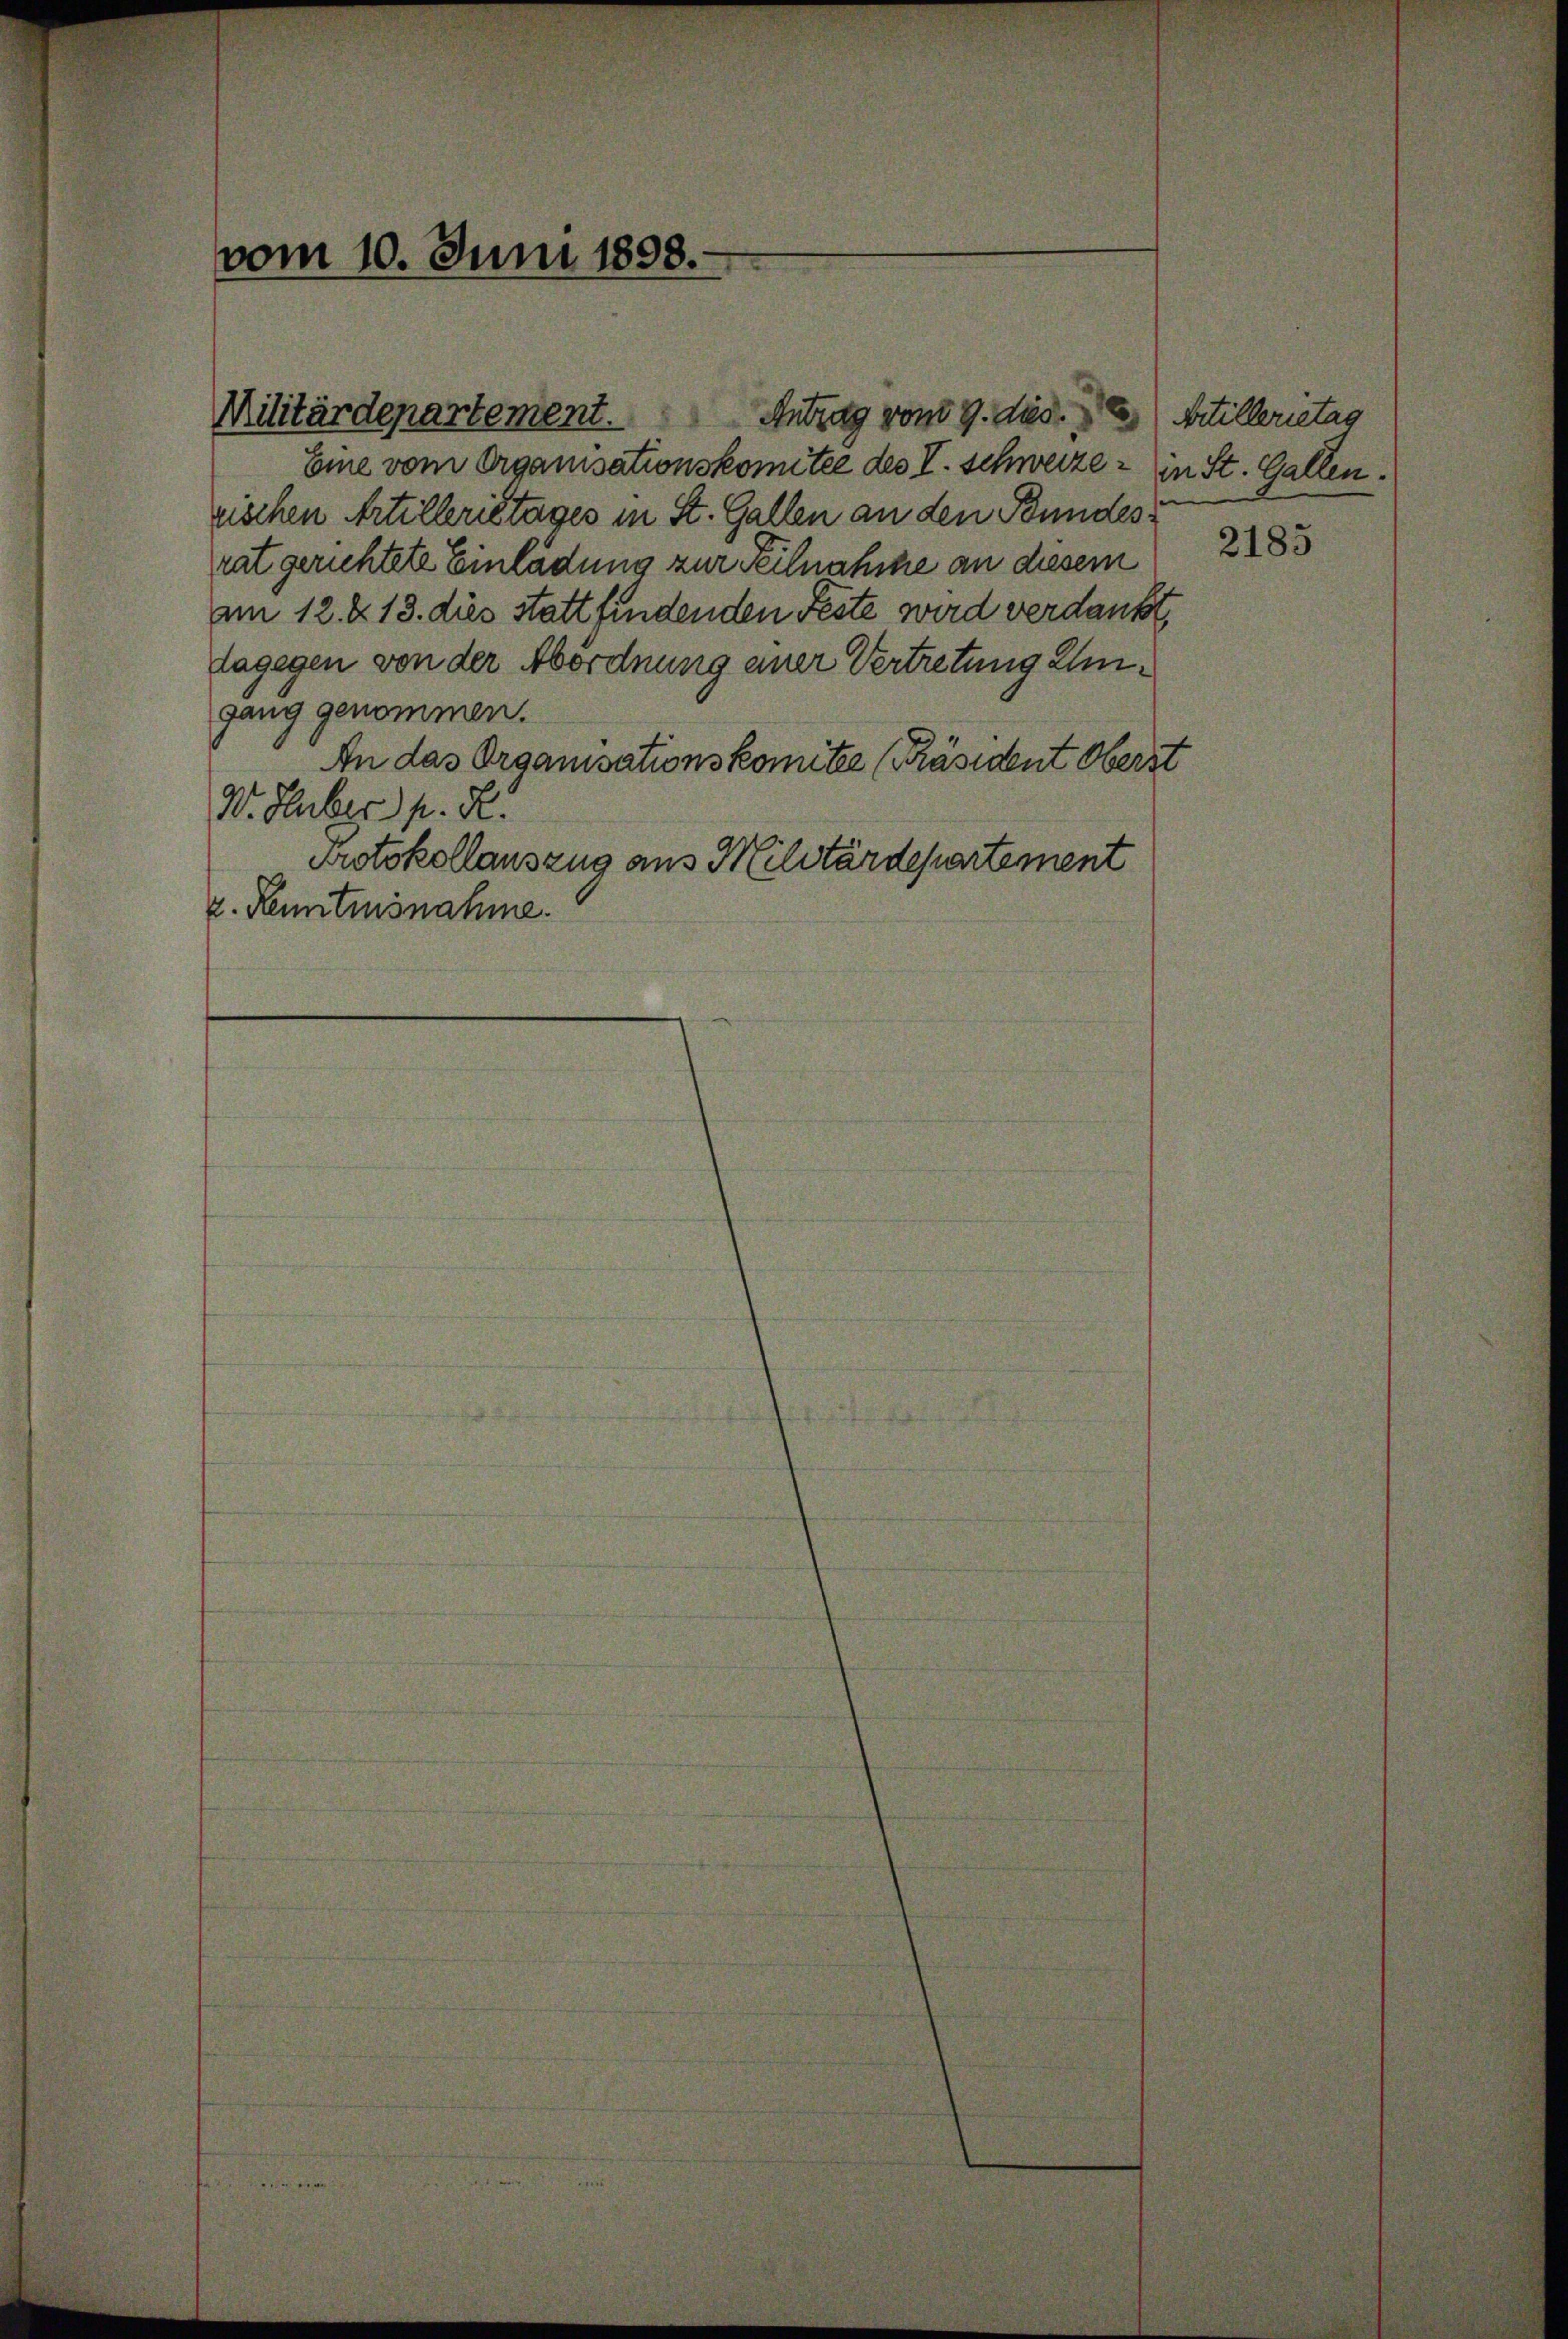
vom 10. Juni 1898.

Antrag von 9. dies
Militärdepartement.

Eine vom Organisationskomitee des I. Schweize - in St. Gallen.
rischen Artilleristages in St. Gallen an den Bundesrat gerichtete Einladung zur Teilnahme an diesem
am 12. & 18. dies stattfindenden Feste wird verdankt,
dagegen von der Abordnung einer Vertretung emgang genommen.
An das Organisationskomitee [Präsident Oberst
W. Huber h. R.
Protokollauszug aus Militärdepartement
z. Kenntnisnahme.

Artillerietag

2185